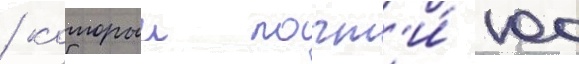
/ которыи почт'и́ 100